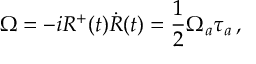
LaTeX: \Omega = - i R ^ { + } ( t ) \dot { R } ( t ) = \frac 1 2 \Omega _ { a } \tau _ { a } \, ,